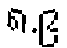
၈.၉